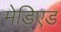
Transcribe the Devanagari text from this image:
मेडिएड